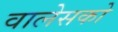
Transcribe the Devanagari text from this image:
वालेसको